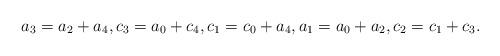
LaTeX: \begin{align*} a_3=a_2+a_4,c_3=a_0+c_4,c_1=c_0+a_4,a_1=a_0+a_2,c_2=c_1+c_3.\end{align*}